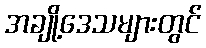
အချို့ဒေသများတွင်